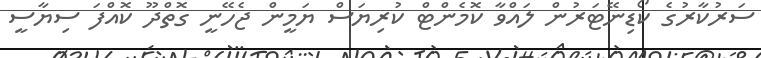
ސަރުކާރުގެ ކޯޑިނޭޓަރުން ލައްވާ ކޮމެންޓް ކުރިޔަސް ޔަމީން ޖެހޭނީ ގޮތްދޫ ކޮއްފަ ސިޔާސީ